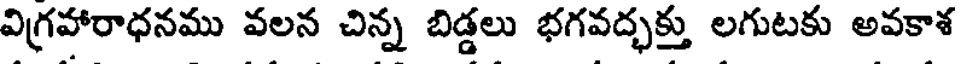
విగ్రహారాధనము వలన చిన్న బిడ్డలు భగవద్భక్తు లగుటకు అవకాశ